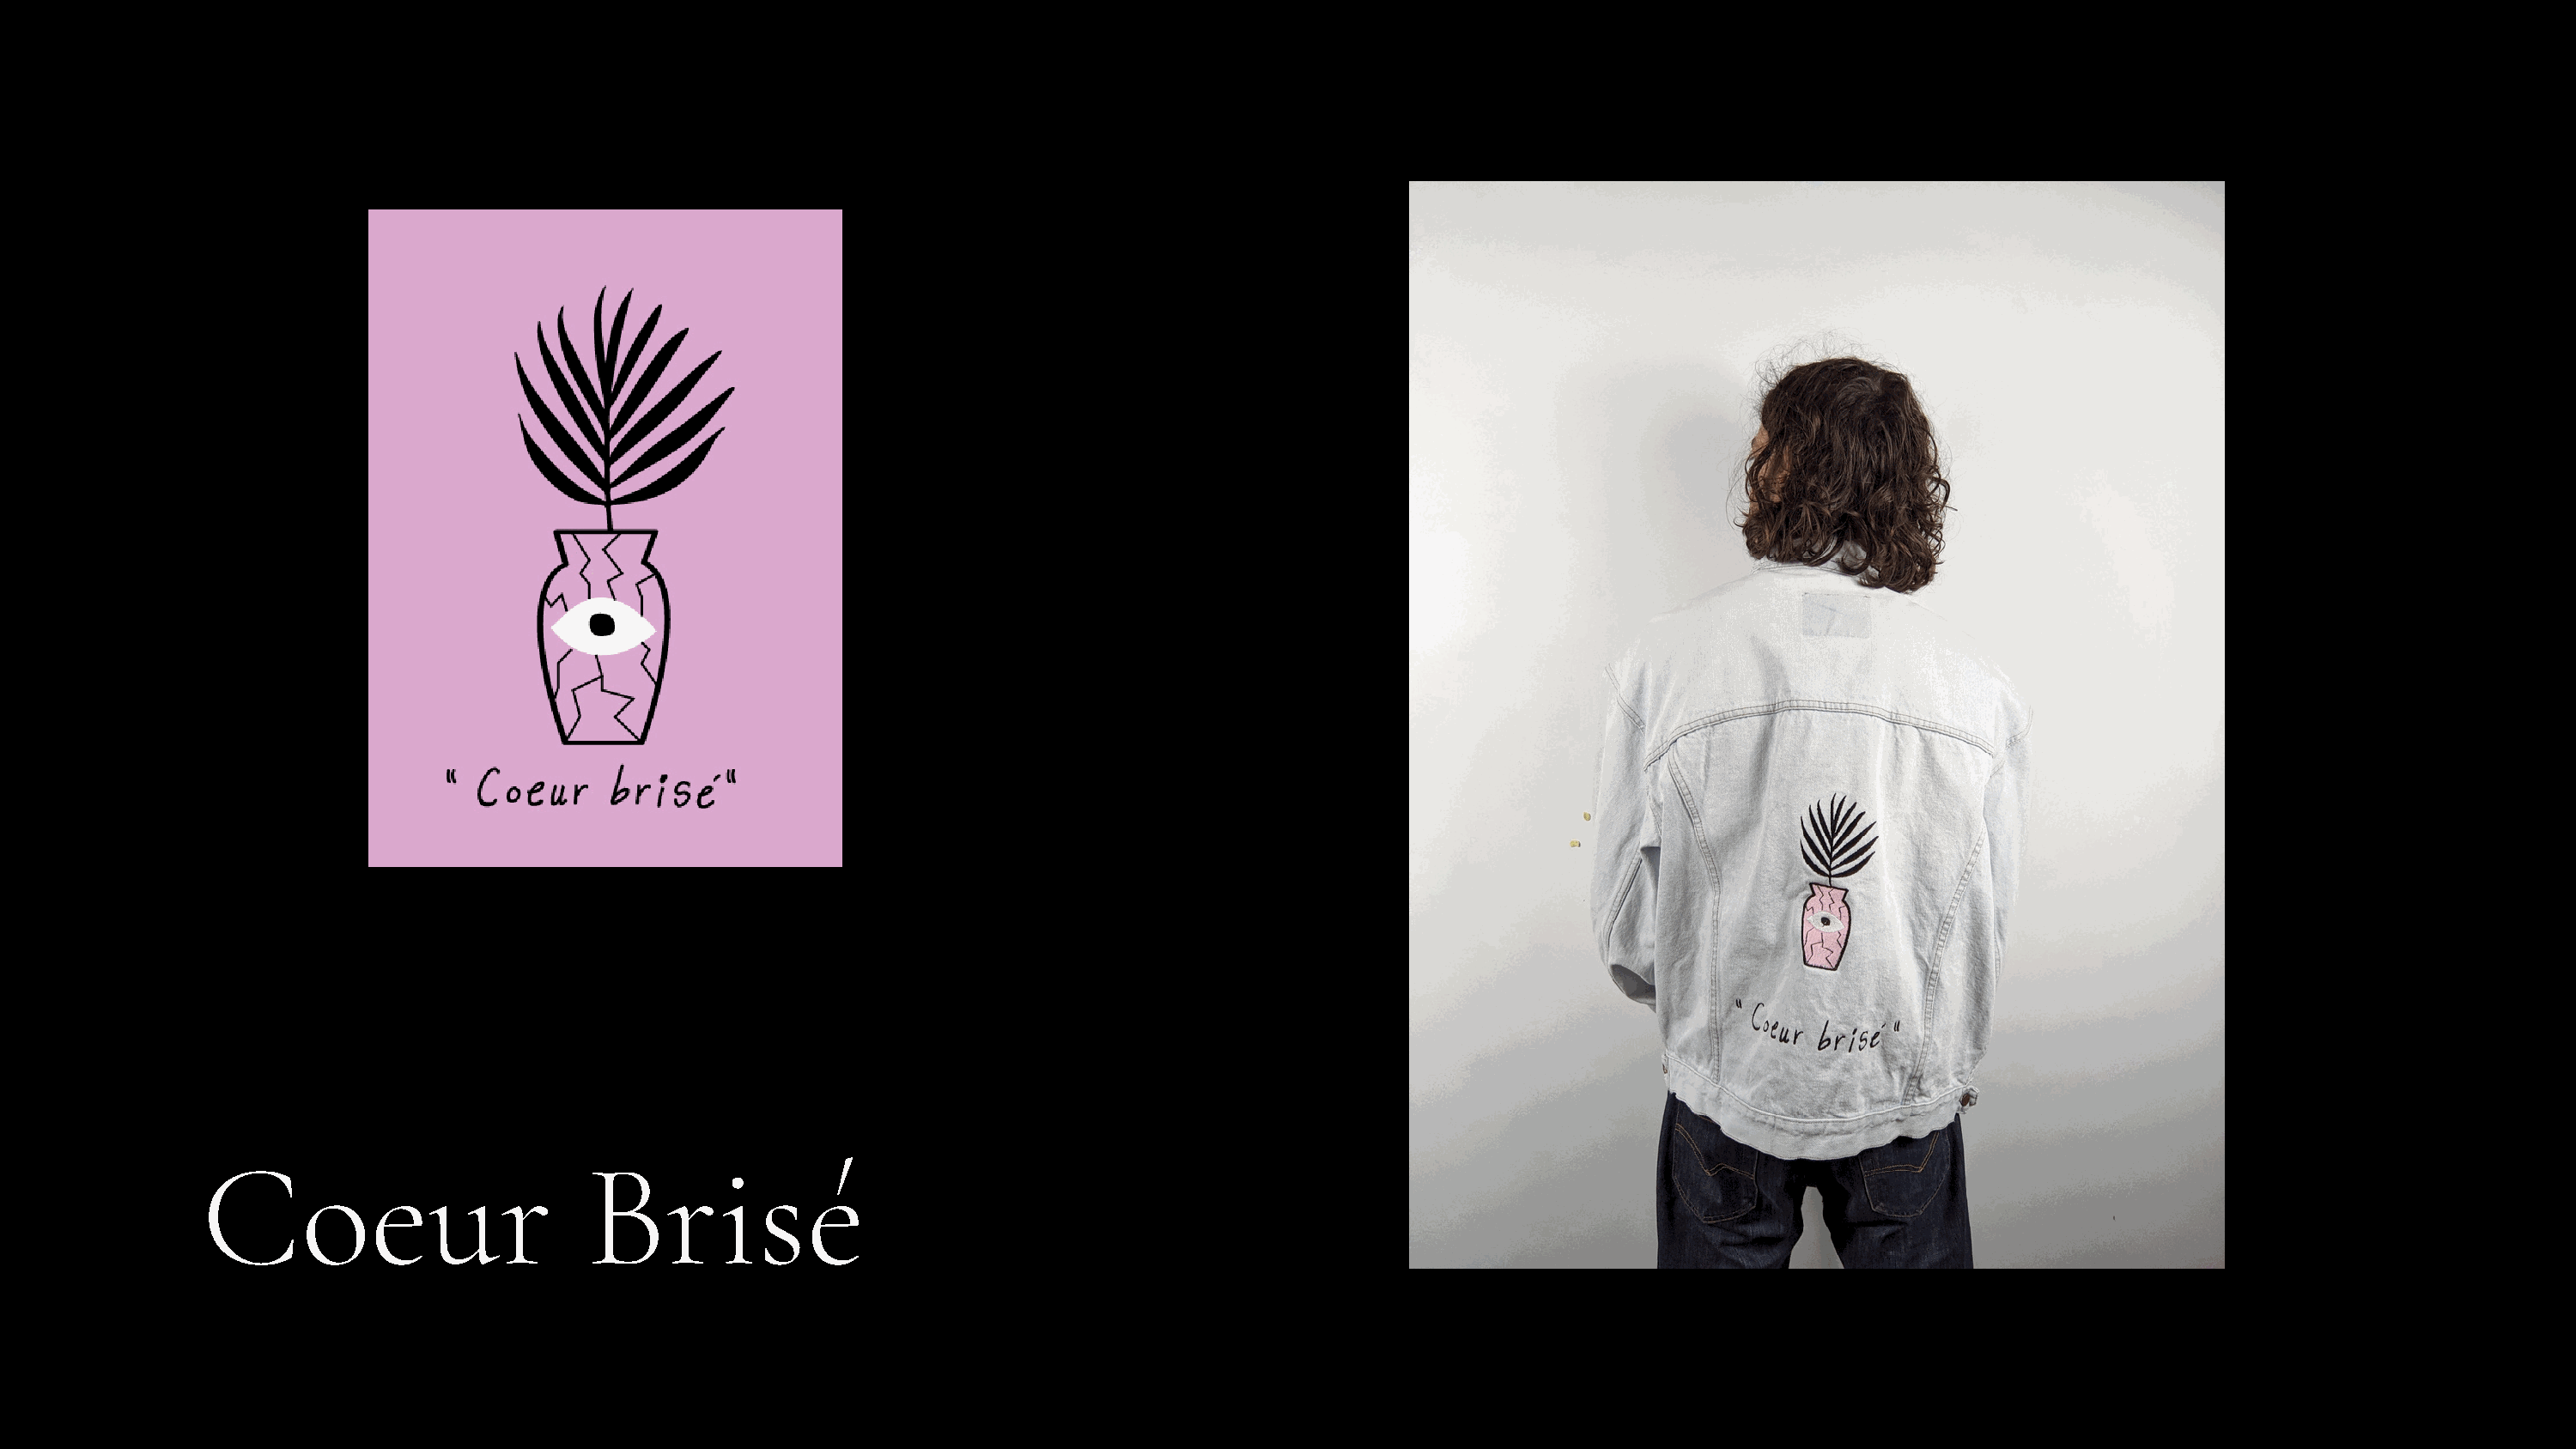
Coeur                        Brisé